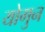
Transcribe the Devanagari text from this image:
योगुन